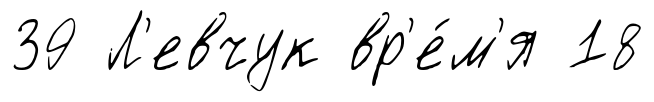
39 Л'евчук вр'е́м'я 18